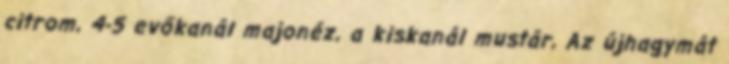
citrom, 4-5 evőkanál majonéz, a kiskanál mustár, Az újhagymát